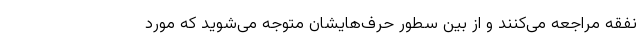
نفقه مراجعه می‌کنند و از بین سطور حرف‌هایشان متوجه می‌شوید که مورد